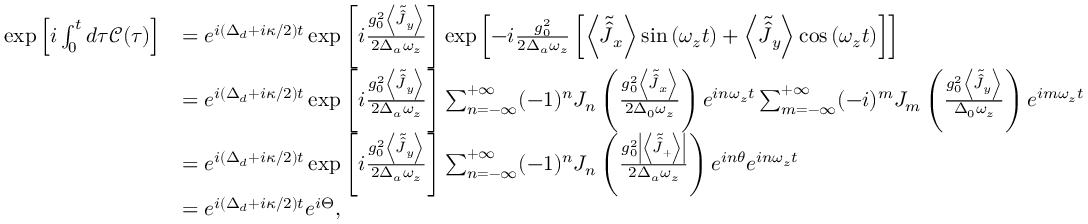
\begin{array} { r l } { \exp \left[ i \int _ { 0 } ^ { t } d \tau \mathcal { C } ( \tau ) \right] } & { = e ^ { i \left( \Delta _ { d } + i \kappa / 2 \right) t } \exp \left[ i \frac { g _ { 0 } ^ { 2 } \left\langle \tilde { \hat { J } } _ { y } \right\rangle } { 2 \Delta _ { a } \omega _ { z } } \right] \exp \left[ - i \frac { g _ { 0 } ^ { 2 } } { 2 \Delta _ { a } \omega _ { z } } \left[ \left\langle \tilde { \hat { J } } _ { x } \right\rangle \sin \left( \omega _ { z } t \right) + \left\langle \tilde { \hat { J } } _ { y } \right\rangle \cos \left( \omega _ { z } t \right) \right] \right] } \\ & { = e ^ { i \left( \Delta _ { d } + i \kappa / 2 \right) t } \exp \left[ i \frac { g _ { 0 } ^ { 2 } \left\langle \tilde { \hat { J } } _ { y } \right\rangle } { 2 \Delta _ { a } \omega _ { z } } \right] \sum _ { n = - \infty } ^ { + \infty } ( - 1 ) ^ { n } J _ { n } \left( \frac { g _ { 0 } ^ { 2 } \left\langle \tilde { \hat { J } } _ { x } \right\rangle } { 2 \Delta _ { 0 } \omega _ { z } } \right) e ^ { i n \omega _ { z } t } \sum _ { m = - \infty } ^ { + \infty } ( - i ) ^ { m } J _ { m } \left( \frac { g _ { 0 } ^ { 2 } \left\langle \tilde { \hat { J } } _ { y } \right\rangle } { \Delta _ { 0 } \omega _ { z } } \right) e ^ { i m \omega _ { z } t } } \\ & { = e ^ { i \left( \Delta _ { d } + i \kappa / 2 \right) t } \exp \left[ i \frac { g _ { 0 } ^ { 2 } \left\langle \tilde { \hat { J } } _ { y } \right\rangle } { 2 \Delta _ { a } \omega _ { z } } \right] \sum _ { n = - \infty } ^ { + \infty } ( - 1 ) ^ { n } J _ { n } \left( \frac { g _ { 0 } ^ { 2 } \left| \left\langle \tilde { \hat { J } } _ { + } \right\rangle \right| } { 2 \Delta _ { a } \omega _ { z } } \right) e ^ { i n \theta } e ^ { i n \omega _ { z } t } } \\ & { = e ^ { i \left( \Delta _ { d } + i \kappa / 2 \right) t } e ^ { i \Theta } , } \end{array}